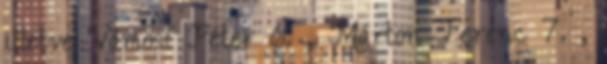
illetve Vámosi Péter 6. , Márton Ferenc 7. ,